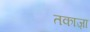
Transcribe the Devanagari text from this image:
तकाज़ा